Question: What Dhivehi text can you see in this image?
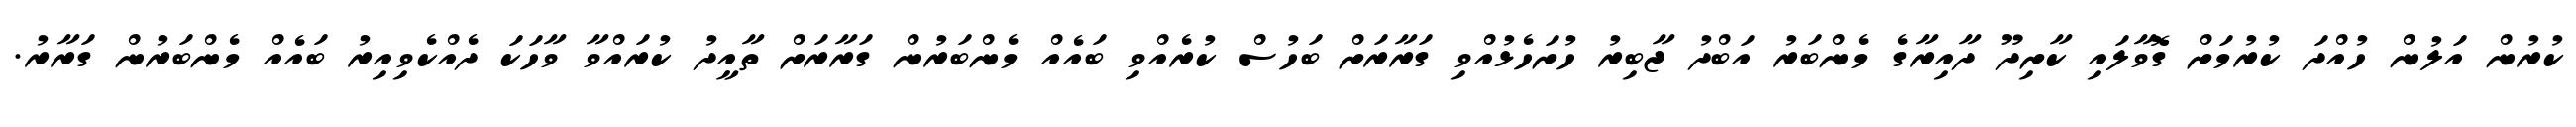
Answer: ކުރުން އަލުން ހުއްދަ ކުރުމަށް ގޮވާލައި ކާށިދޫ ދާއިރާގެ މެންބަރު އަބްދު ޖާބިރު ހުށަހެޅުއްވި ގަރާރަށް ބަހުސް ކުރެއްވި ބައެއް މެންބަރުން ގަރާރަށް ތާއީދު ކުރައްވާ ވާހަކަ ދެއްކެވިއިރު ބައެއް މެންބަރުން ގަރާރު.